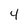
Character: 4